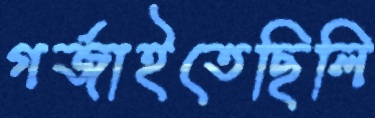
গর্জাইতেছিলি